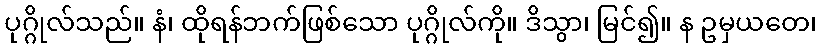
ပုဂ္ဂိုလ်သည်။ နံ၊ ထိုရန်ဘက်ဖြစ်သော ပုဂ္ဂိုလ်ကို။ ဒိသွာ၊ မြင်၍။ န ဥမှယတေ၊